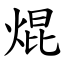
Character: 焜